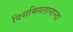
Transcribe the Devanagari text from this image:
विसमिसतानान्दा